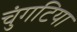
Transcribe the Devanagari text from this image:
चुंगटिया